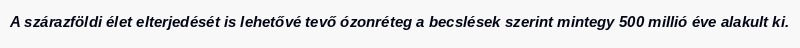
A szárazföldi élet elterjedését is lehetővé tevő ózonréteg a becslések szerint mintegy 500 millió éve alakult ki.